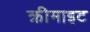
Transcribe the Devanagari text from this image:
क्रीमाइट